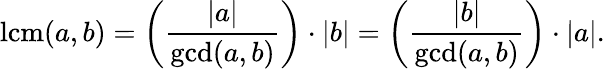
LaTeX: \operatorname{lcm}(a,b)=\left({\frac{|a|}{\operatorname*{gcd}(a,b)}}\right)\cdot|b|=\left({\frac{|b|}{\operatorname*{gcd}(a,b)}}\right)\cdot|a|.